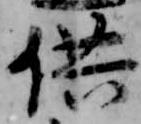
供